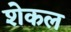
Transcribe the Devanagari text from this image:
शेकल